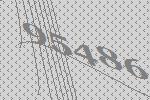
95486